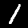
Label: 1